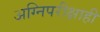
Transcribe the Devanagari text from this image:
अग्निपरीक्षाही